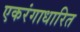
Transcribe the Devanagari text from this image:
एकरंगाधारित